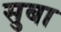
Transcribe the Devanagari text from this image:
सुबा